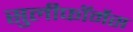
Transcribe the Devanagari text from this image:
सुलीफॉर्मेस